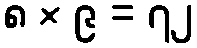
၈ × ၉ = ၇၂